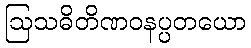
ဩသဓိတိဏဝနပ္ပတယော